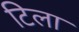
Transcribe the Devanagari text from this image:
टिला